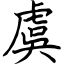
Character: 虞